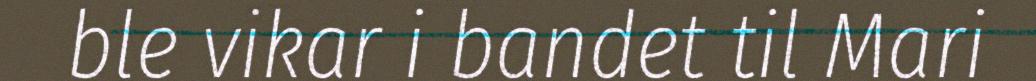
ble vikar i bandet til Mari